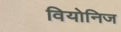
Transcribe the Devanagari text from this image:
वियोनिज